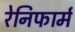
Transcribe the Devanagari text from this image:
रेनिफार्म